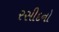
રસીદનો